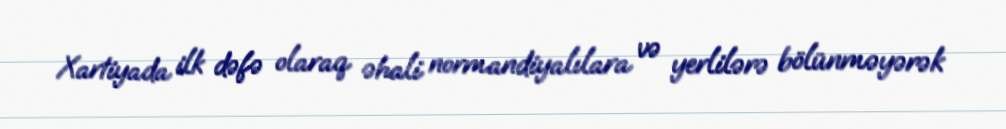
Xartiyada ilk dəfə olaraq əhali normandiyalılara və yerlilərə bölünməyərək